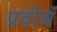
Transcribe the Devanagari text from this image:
प्रवोचं